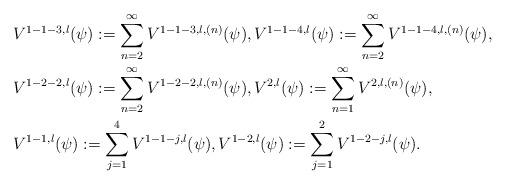
LaTeX: \begin{align*}&V^{1-1-3,l}(\psi):=\sum_{n=2}^{\infty}V^{1-1-3,l,(n)}(\psi),V^{1-1-4,l}(\psi):=\sum_{n=2}^{\infty}V^{1-1-4,l,(n)}(\psi),\\&V^{1-2-2,l}(\psi):=\sum_{n=2}^{\infty}V^{1-2-2,l,(n)}(\psi),V^{2,l}(\psi):=\sum_{n=1}^{\infty}V^{2,l,(n)}(\psi),\\&V^{1-1,l}(\psi):=\sum_{j=1}^4V^{1-1-j,l}(\psi),V^{1-2,l}(\psi):=\sum_{j=1}^2V^{1-2-j,l}(\psi).\end{align*}